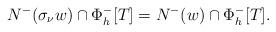
LaTeX: \begin{align*}N^-(\sigma_\nu w) \cap \Phi_h^-[T] = N^-(w) \cap \Phi_h^-[T].\end{align*}